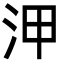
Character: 㳌